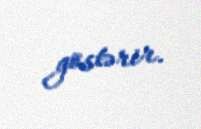
göstərir.